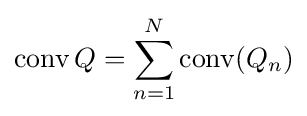
\operatorname {conv} Q=\sum _{n=1}^{N}\operatorname {conv} (Q_{n})